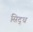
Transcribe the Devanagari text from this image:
सिद्‌ध